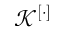
\mathcal { K } ^ { [ \cdot ] }